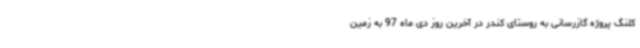
کلنگ پروژه گازرسانی به روستای کندر در آخرین روز دی ماه 97 به زمین